Civil Veterinary Dept. Bombay admin report 1907-1913 - 1907-1913
Year: 1907
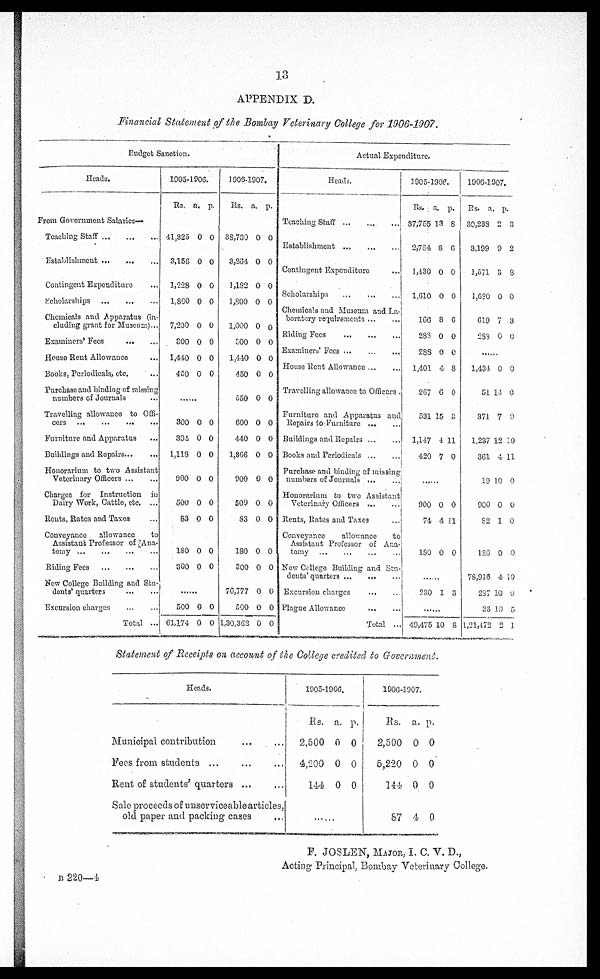
13
APPENDIX D.
Financial Statement of the Bombay Veterinary College for 1906-1907.
Budget Sanction.
Heads.
From Government Salaries—
Teaching Staff ...
...
...
Establishment...
...
...
Contingent Expenditure ...
Scholarships
...
...
...
Chemicals and Apparatus (in-
cluding grant for Museum)...
Examiners' Fees ... ... ...
House Rent Allowance ...
Books, Periodicals, etc. ...
Purchase and binding of missing
numbers of Journals ...
Travelling allowance to Offi-
cers
...
...
...
...
Furniture and Apparatus
Buildings and Repairs ... ...
Honorarium to two Assistant
Veterinary Officers ... ...
Charges for Instruction in
Dairy Work, Cattle, etc. ...
Rents, Rates and Taxes ...
Conveyance
allowance
to
Assistant Professor of Ana-
tomy
...
...
...
...
Riding Fees
...
...
...
New College Building and Stu-
dents' quarters ... ...
Excursion charges
...
...
Total ...
1905-1906.
Rs. a. p.
41,325 0 0
3,156 0 0
1,228 0 0
1,800 0 0
7,200 0 0
300 0 0
1,440 0 0
460 0 0
300 0 0
394 0 0
1,118 0 0
900 0 0
500 0 0
83 0 0
180 0 0
300 0 0
......
500 0 0
61,174 0 0
1906-1907.
Rs. a. p.
88,730 0 0
3,284 0 0
1,182 0 0
1,800 0 0
1,000 0 0
900 0 0
1,440 0 0
450 0 0
550 0 0
600 0 0
440 0 0
1,366 0 0
900 0 0
500 0 0
83 0 0
180 0 0
300 0 0
70,777 0 0
500 0 0
1,30,362 0 0
Actual Expenditure.
Heads.
Teaching Staff
...
...
...
Establishment ...
...
...
Contingent Expenditure ...
Scholarships
...
...
...
Chemicals and Museum and La-
boratory requirements ... ...
Riding Fees
...
...
...
Examiners' Fees ... ... ...
House Rent Allowance... ...
Travelling allowance to Officers
Furniture and Apparatus and
Repairs to Furniture ... ...
Buildings and Repairs... ...
Books and Periodicals
...
...
Purchase and binding of missing
numbers of Journals ... ...
Honorarium to two Assistant
Veterinary Officers
...
...
Rents, Rates and Taxes ...
Conveyance
allowance
to
Assistant Professor of Ana-
tomy ... ... ... ...
New College Building and Stu-
dents' quarters ... ... ...
Excursion charges
...
...
Plague Allowance
...
...
Total ..
1905-1906.
Rs. a. p.
37,755 13 8
2,734 8 6
1,430 0 0
1,610 0 0
166 8 6
285 0 0
288 0 0
1,401 4 8
267 6 0
531 15 3
1,147 4 11
420 7 0
......
900 0 0
74 4 11
180 0 0
......
230 1 3
......
49,475 10 8
1906-1907.
Rs. a. p.
30,238 2 3
3,199 9 2
1,571 3 8
1,680 0 0
619 7 3
288 0 0
......
1,434 0 0
51 14 0
371 7 0
1,237 12 10
361 4 11
19 10 0
900 0 0
82 1 0
180 0 0
78,916 4 10
237 10 0
33 10 5
1,21,172 2 1
Statement of Receipts on account of the College credited to Government.
Heads.
Municipal contribution
Fees from students ... ... ...
Rent of students' quarters ... ...
Sale proceeds of unserviceable articles,
old paper and packing cases
1905-1906.
Rs. a. p.
2,500 0 0
4,200 0 0
144 0 0
1906-1907.
Rs. a. p.
2,500 0 0
5,220 0 0
144 0 0
87 4 0
F. JOSLEN, MAJOR, I. C. V. D.,
Acting Principal. Bombay Veterinary College.
B 220—4